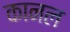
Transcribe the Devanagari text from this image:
कानल